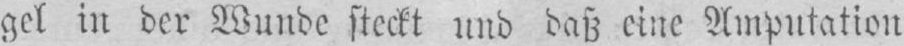
gel in der Wunde steckt und daß eine Amputation